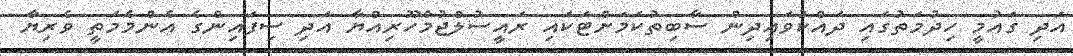
އަދި ގައުމީ ހިދުމަތުގައި ދައްކުވައިދިން ސާބިތުކަމަށްޓަކައި ރައީސުލްޖުމްހޫރިއްޔާ އަދި ސިފައިންގެ އެންމެމަތީ ވެރިޔާ